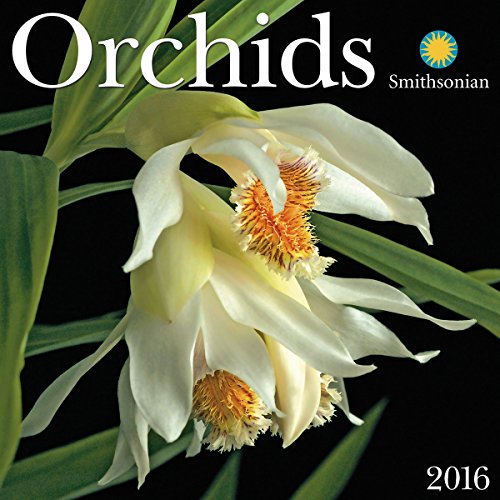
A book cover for Orchids 2016 Wall Calendar; Smithsonian Institution; Calendars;